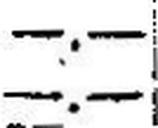
—.—